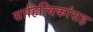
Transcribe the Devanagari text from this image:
साहित्यिकांसह